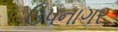
ઉપનાગર